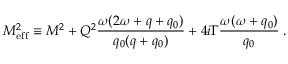
M _ { \mathrm { e f f } } ^ { 2 } \equiv M ^ { 2 } + Q ^ { 2 } { \frac { \omega ( 2 \omega + q + q _ { 0 } ) } { q _ { 0 } ( q + q _ { 0 } ) } } + 4 i \Gamma { \frac { \omega ( \omega + q _ { 0 } ) } { q _ { 0 } } } \; .